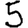
Digit: 5